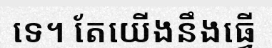
ទេ។ តែយើងនឹងធ្វើ